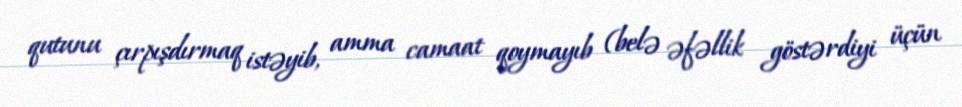
qutunu çırpışdırmaq istəyib, amma camaat qoymayıb (belə əfəllik göstərdiyi üçün